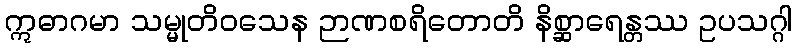
ဣဓာဂမာ သမ္မုတိဝသေန ဉာဏစရိတောတိ နိစ္ဆာရေန္တဿ ဥပသဂ္ဂါ